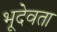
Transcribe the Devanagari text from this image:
भूदेवता